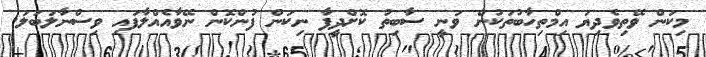
މިކަން ވޭތިވެދިޔަ އިމްތިހާބުތަކުން ވަނީ ސާބިތު ކޮށްދީފާ ނިކަން ފުންކޮން ނޭވާއެއްލާފައި ވިސްނާލަބަލަ.